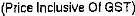
(PRICE INCLUSIVE OF GST)